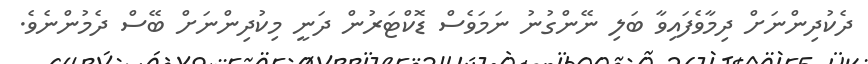
ދެކުދިންނަށް ދިމާވެފައިވާ ބަލި ނޭންގުނު ނަމަވެސް ޑޮކްޓަރުން ދަނީ މިކުދިންނަށް ބޭސް ދެމުންނެވެ.